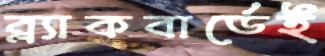
ব্ল্যাকবার্ডেই